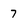
Character: 7